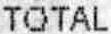
TOTAL